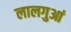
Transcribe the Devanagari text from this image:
लालगुआं